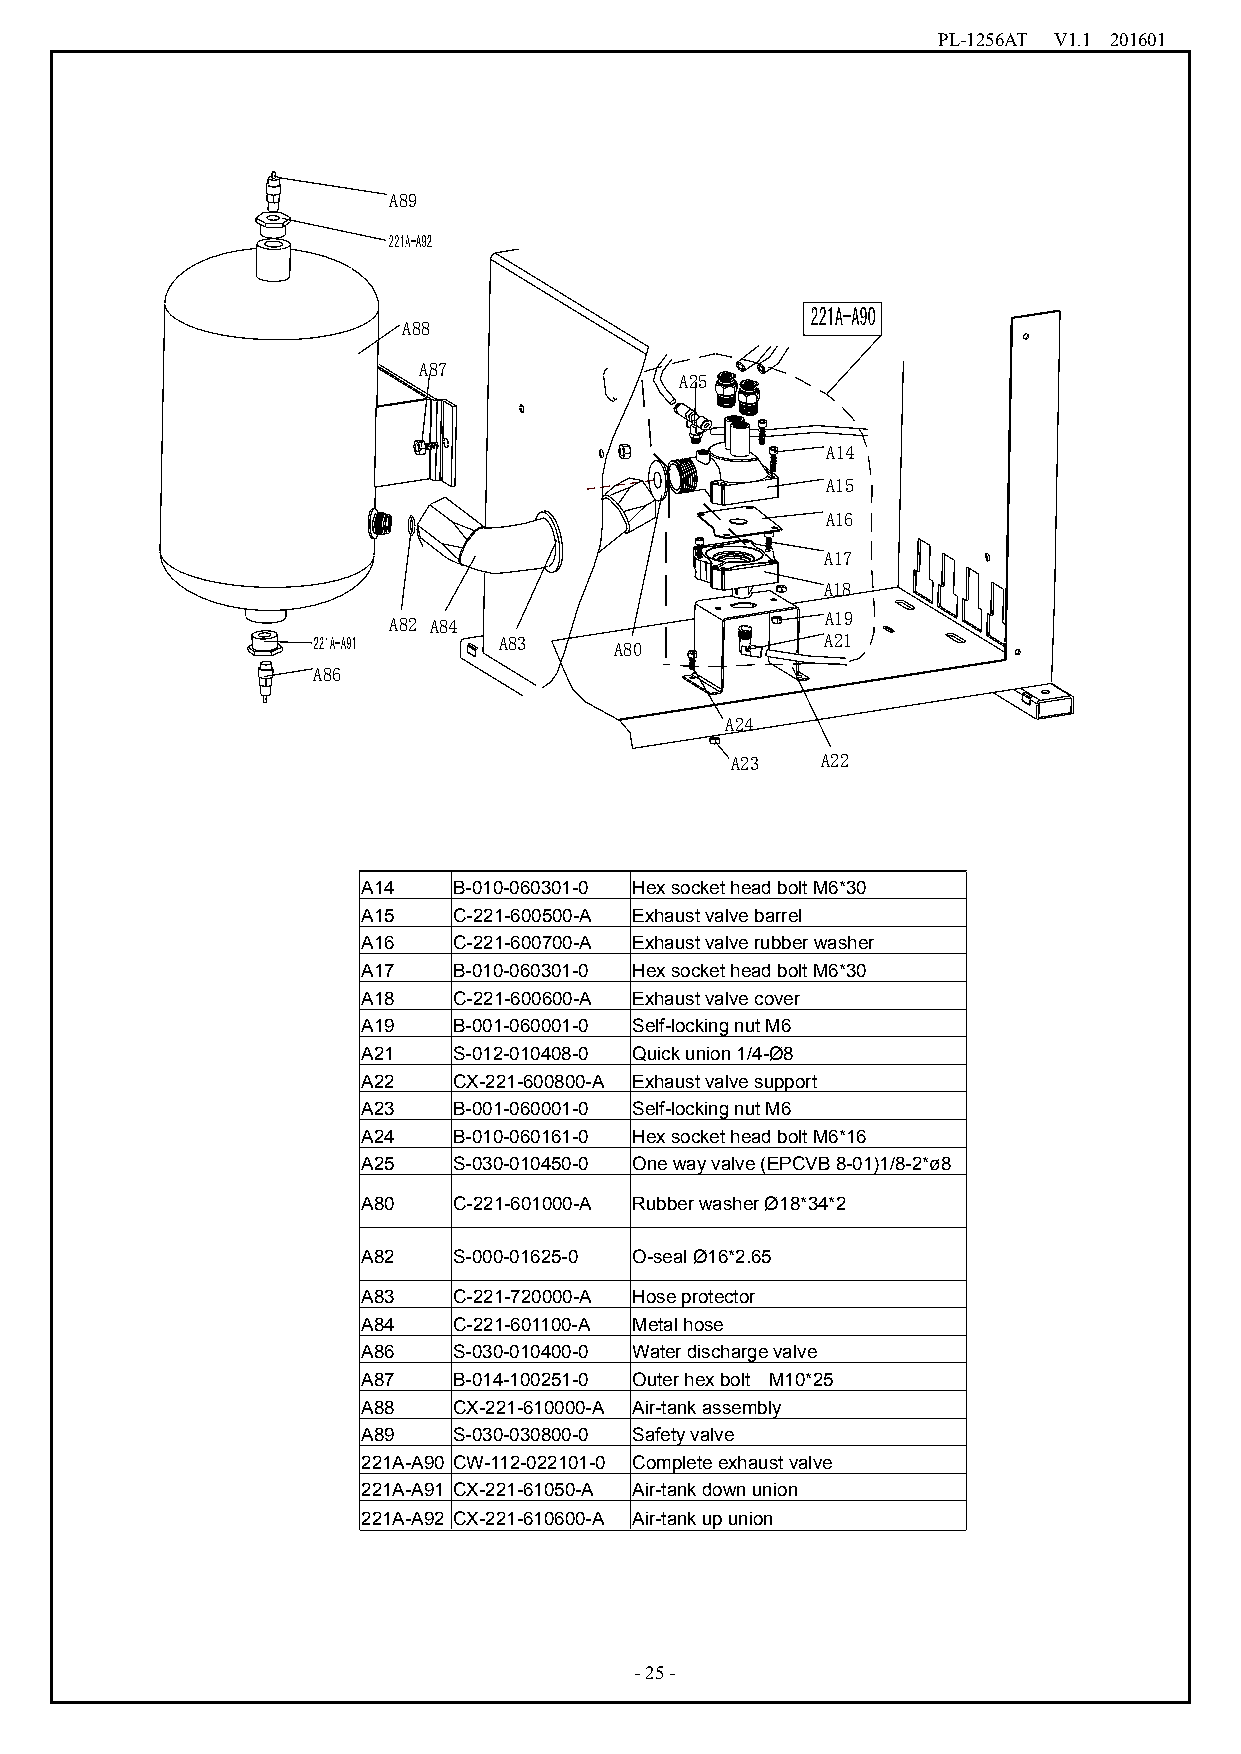
PL-1256AT V1.1 201601
 A89
 A88
 A87
 A25
 A14
 A15
 A16
 A17
 A18
 A82 A84                      A19
 A83     A80           A21
 A86
 A24
 A23   A22
 A14   B-010-060301-0 HexsocketheadboltM6*30
 A15   C-221-600500-A Exhaustvalvebarrel
 A16   C-221-600700-A Exhaustvalverubberwasher
 A17   B-010-060301-0 HexsocketheadboltM6*30
 A18   C-221-600600-A Exhaustvalvecover
 A19   B-001-060001-0 Self-lockingnutM6
 A21   S-012-010408-0 Quickunion1/4-Ø8
 A22   CX-221-600800-A Exhaustvalvesupport
 A23   B-001-060001-0 Self-lockingnutM6
 A24   B-010-060161-0 HexsocketheadboltM6*16
 A25   S-030-010450-0 Onewayvalve(EPCVB8-01)1/8-2*ø8
 A80   C-221-601000-A RubberwasherØ18*34*2
 A82   S-000-01625-0 O-sealØ16*2.65
 A83   C-221-720000-A Hoseprotector
 A84   C-221-601100-A Metalhose
 A86   S-030-010400-0 Waterdischargevalve
 A87   B-014-100251-0 Outerhexbolt M10*25
 A88   CX-221-610000-A Air-tankassembly
 A89   S-030-030800-0 Safetyvalve
 221A-A90 CW-112-022101-0 Completeexhaustvalve
 221A-A91 CX-221-61050-A Air-tankdownunion
 221A-A92 CX-221-610600-A Air-tankupunion
 -25-